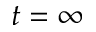
t = \infty